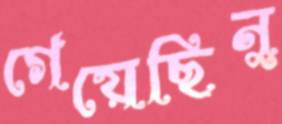
গেয়েছিনু